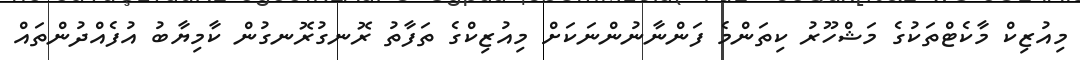
މިއުޒިކް މާކެޓްތަކުގެ މަޝްހޫރު ކިތަންމެ ފަންނާނުންނަކަށް މިއުޒިކްގެ ތަފާތު ރޮނގުރޮނގުން ކާމިޔާބު އުފެއްދުންތައް